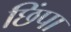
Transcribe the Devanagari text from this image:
छिंपा